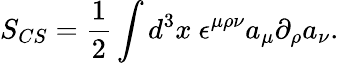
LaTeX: S_{CS}=\frac{1}{2}\int d^{3}x~\epsilon^{\mu\rho\nu}a_{\mu}\partial_{\rho}a_{\nu}.